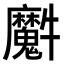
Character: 𤜘